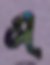
এ্